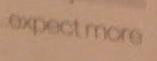
expect